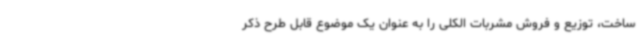
ساخت، توزیع و فروش مشربات الکلی را به عنوان یک موضوع قابل طرح ذکر